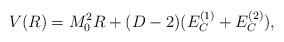
LaTeX: \begin{align*}V(R)=M_0^2 R+(D-2)(E_C^{(1)}+E_C^{(2)}),\end{align*}